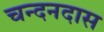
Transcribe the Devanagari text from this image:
चन्दनदास